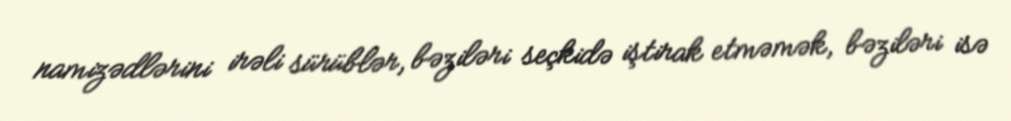
namizədlərini irəli sürüblər, bəziləri seçkidə iştirak etməmək, bəziləri isə